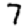
Digit: 7